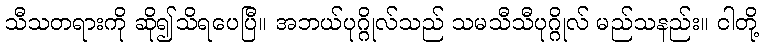
သီသတရားကို ဆို၍သိရပေပြီ။ အဘယ်ပုဂ္ဂိုလ်သည် သမသီသီပုဂ္ဂိုလ် မည်သနည်း။ ငါတို့